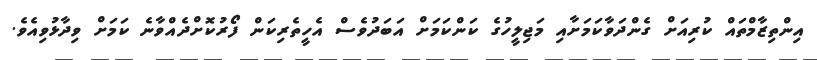
އިންތިޒާމްތައް ކުރިއަށް ގެންދަވާކަމަށާއި މަޖިލީހުގެ ކަންކަމަށް އަބަދުވެސް އެހީތެރިކަން ފޯރުކޮށްދެއްވާނެ ކަމަށް ވިދާޅުވިއެވެ.